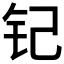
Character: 𮷵